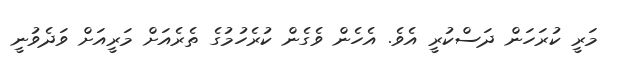
މަރީ ކުރަހަން ދަސްކުރީ އެވެ. އެހެން ވެގެން ކުރެހުމުގެ ތެރެއަށް މަރީއަށް ވަދެވުނީ